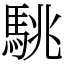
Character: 駣